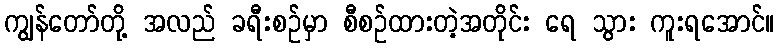
ကျွန်တော်တို့ အလည် ခရီးစဉ်မှာ စီစဉ်ထားတဲ့အတိုင်း ရေ သွား ကူးရအောင်။